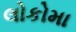
લોકોમા